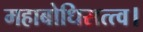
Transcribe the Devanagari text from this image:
महाबोधिसत्त्व।